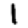
Digit: 1